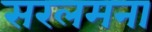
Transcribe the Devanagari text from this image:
सरलमना